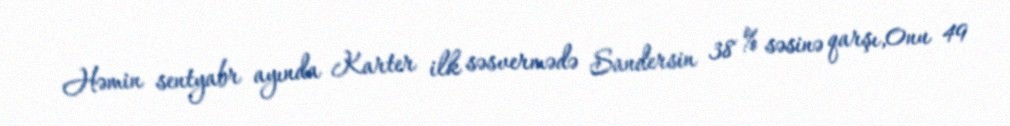
Həmin sentyabr ayında Karter ilk səsvermədə Sandersin 38 % səsinə qarşı,0nu 49